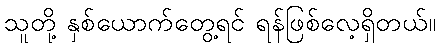
သူတို့ နှစ်ယောက်တွေ့ရင် ရန်ဖြစ်လေ့ရှိတယ်။